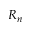
R _ { n }